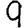
Digit: 9